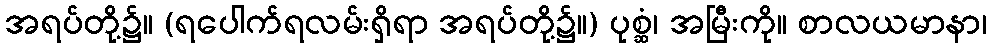
အရပ်တို့၌။ (ရပေါက်ရလမ်းရှိရာ အရပ်တို့၌။) ပုစ္ဆံ၊ အမြီးကို။ စာလယမာနာ၊